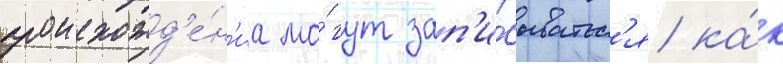
происхожд'е́н'иа мо́гут зап'и́сыватьс'я ка́к